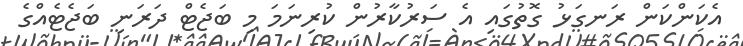
އެކަންކަން ރަނގަޅު ގޮތުގައި އެ ސަރުކާރުން ކުރިނަމަ މި ބަޖެޓް ދަރަނި ބަޖެޓެއްގެ